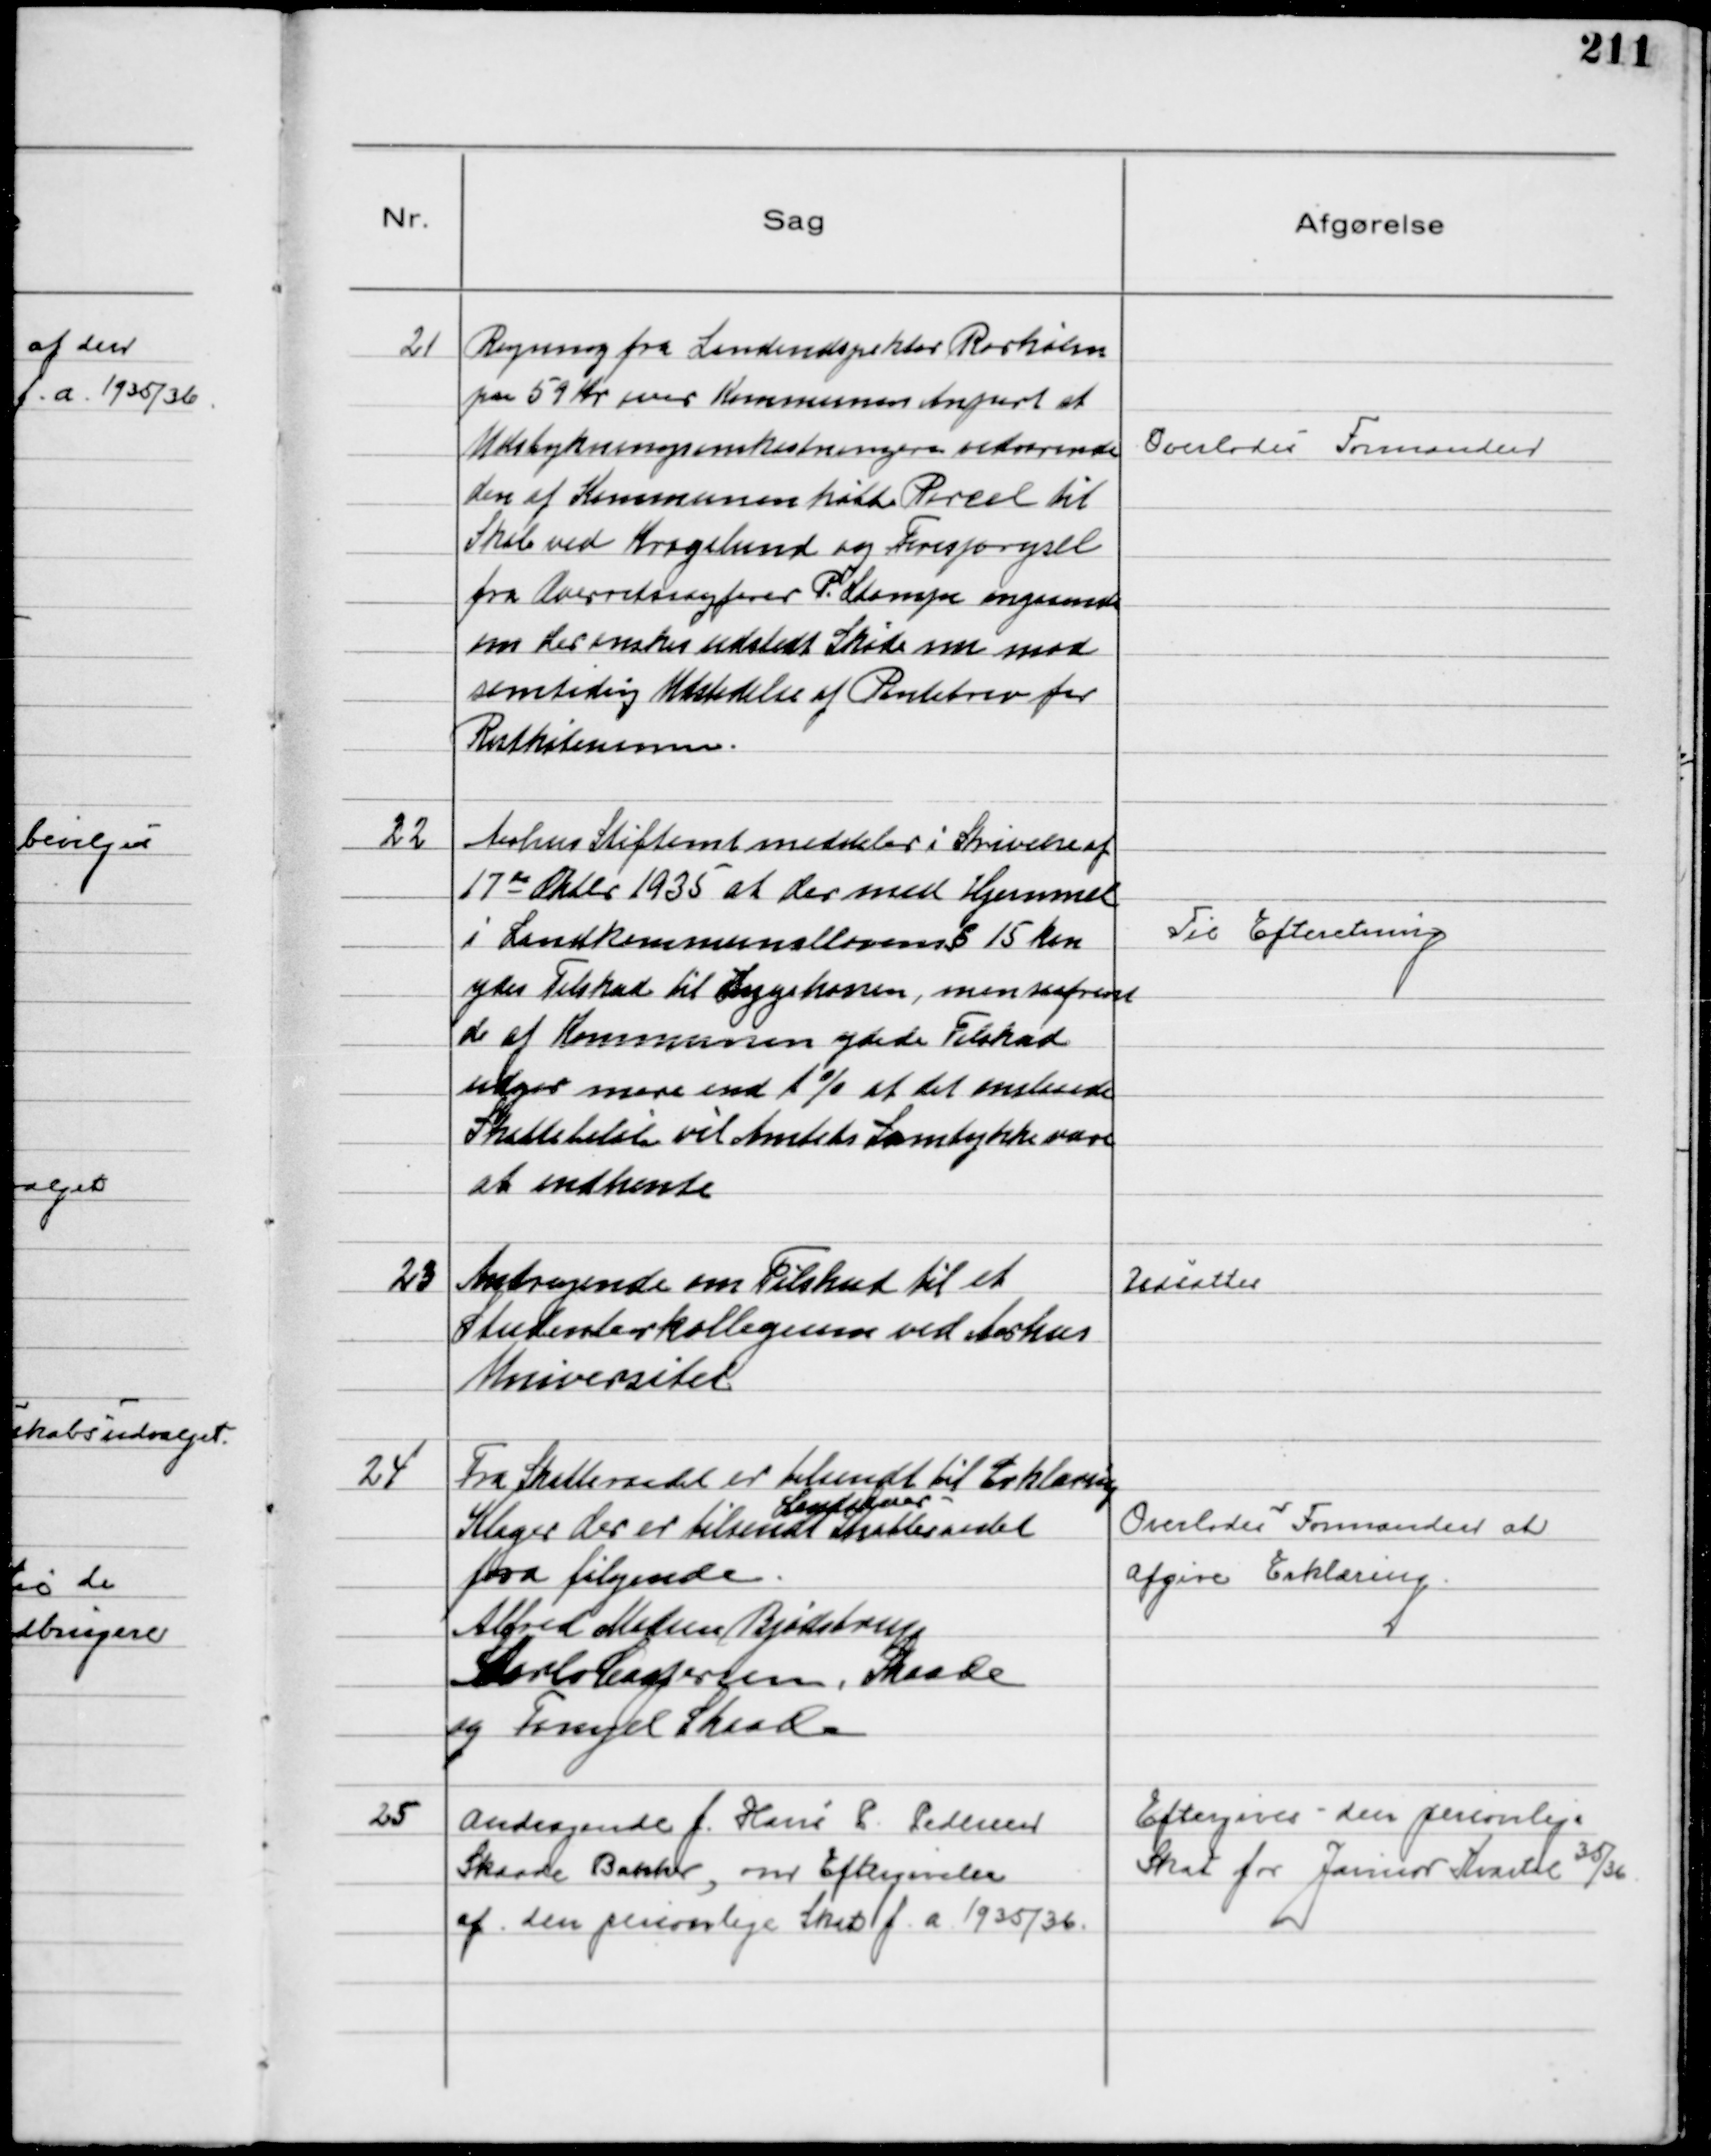
Transskription:
21
Regning fra Landindspektør Rørholm
paa 59 Kr over Kommunens Anpart af
Udstykningsomkostningerne vedrørende
den af Kommunen købte Parcel til
Skole ved Kragelund og Forespørgsel
fra Overretssagfører P. Stampe angaaende
om der ønskes udstedt Skøde mm med
samtidig Udstedelse af Pantebrev for
Restkøbesummen.

Overlodes Formanden

22
Aarhus Stiftamt meddeler i Skrivelse af
17 de Oktbr 1935 at der med Hjemmel
i Landkommunallovens § 15 kan
ydes Tilskud til Sygekassen, men saafremt
de af Kommunen ydede Tilskud
udgør mere end 1% af det anslaaede
Skattebeløb vil Amtets Samtykke være
at indhente

Til Efteretning

23
Andragende om Tilskud til et
Studenterkollegium ved Aarhus
Universitet

Udsattes

24
Fra Skatteraadet er tilsendt til Erklæring
Klager der er tilsendt 
Landsover-
Skatteraadet
fra følgende
Alfred Madsen Bjødstrup
Carlo Caspersen, Skaade
og Fangel Skaade

Overlodes Formanden at
afgive Erklæring

25
Andragende f. Hans P. Pedersen
Skaade Bakker, om Eftergivelse
af den personlige Skat f. a. 1935/36

Eftergives den personlige
Skat for Januar Kvartal 35/36